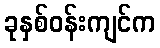
ခုနှစ်ဝန်းကျင်က